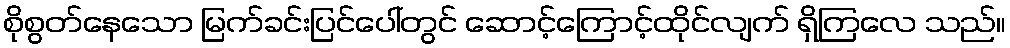
စိုစွတ်နေသော မြက်ခင်းပြင်ပေါ်တွင် ဆောင့်ကြောင့်ထိုင်လျက် ရှိကြလေ သည်။